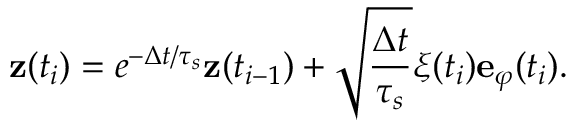
\mathbf { z } ( t _ { i } ) = e ^ { - \Delta t / \tau _ { s } } \mathbf { z } ( t _ { i - 1 } ) + \sqrt { \frac { \Delta t } { \tau _ { s } } } \xi ( t _ { i } ) \mathbf { e } _ { \varphi } ( t _ { i } ) .